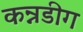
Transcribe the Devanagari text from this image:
कन्नडीग